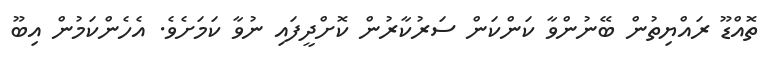
ތޮއްޑޫ ރައްޔިތުން ބޭނުންވާ ކަންކަން ސަރުކާރުން ކޮށްދީފައި ނުވާ ކަމަށެވެ. އެހެންކަމުން އިބޫ